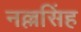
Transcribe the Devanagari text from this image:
नल्लसिंह